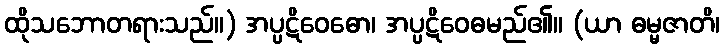
ထိုသဘောတရားသည်။) အပ္ပဋိဝေဓော၊ အပ္ပဋိဝေဓမည်၏။ (ယာ ဓမ္မဇာတိ၊